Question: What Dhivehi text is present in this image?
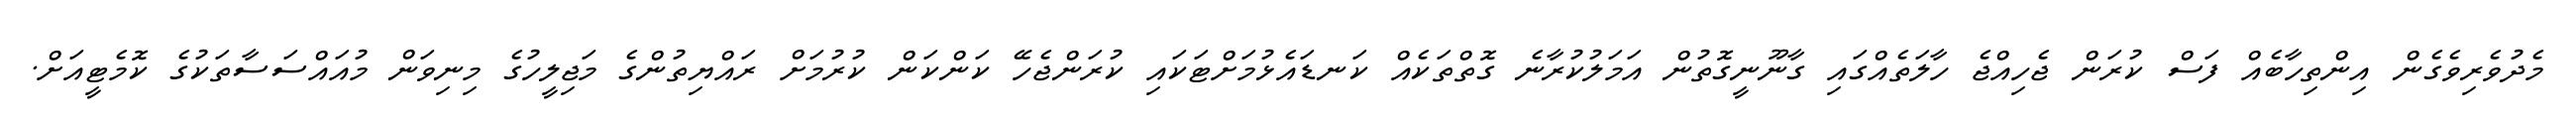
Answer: މެދުވެރިވެގެން އިންތިހާބެއް ފަސް ކުރަން ޖެހިއްޖެ ހާލަތެއްގައި ގާނޫނީގޮތުން އަމަލުކުރާނެ ގޮތްތަކެއް ކަނޑައެޅުމަށްޓަކައި ކުރަންޖެހޭ ކަންކަން ކުރުމަށް ރައްޔިތުންގެ މަޖިލީހުގެ މިނިވަން މުއައްސަސާތަކުގެ ކޮމެޓީއަށް.